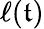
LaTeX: \ell(\mathfrak{t})